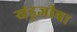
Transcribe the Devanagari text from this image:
खंडूजीचा